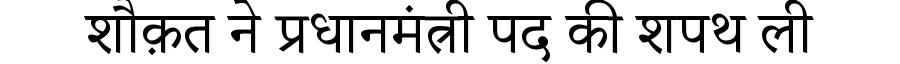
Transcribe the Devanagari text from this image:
शौक़त ने प्रधानमंत्री पद की शपथ ली